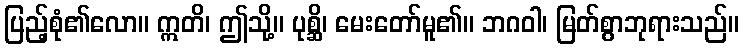
ပြည့်စုံ၏လော။ ဣတိ၊ ဤသို့။ ပုစ္ဆိ၊ မေးတော်မူ၏။ ဘဂဝါ၊ မြတ်စွာဘုရားသည်။